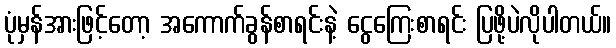
ပုံမှန်အားဖြင့်တော့ အကောက်ခွန်စာရင်းနဲ့ ငွေကြေးစာရင်း ပြဖို့ပဲလိုပါတယ်။